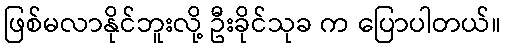
ဖြစ်မလာနိုင်ဘူးလို့ ဦးခိုင်သုခ က ပြောပါတယ်။